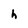
Character: h